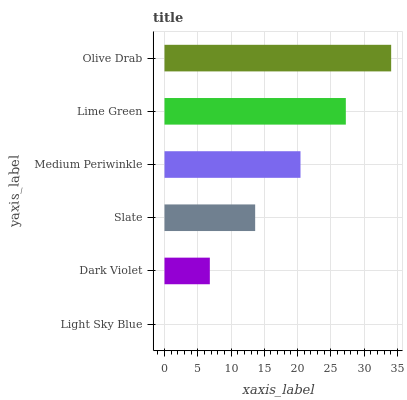
| yaxis_label | bars |
 | --- | --- |
 | Light Sky Blue | 0 |
 | Dark Violet | 6.81 |
 | Slate | 13.6 |
 | Medium Periwinkle | 20.4 |
 | Lime Green | 27.2 |
 | Olive Drab | 34.1 |